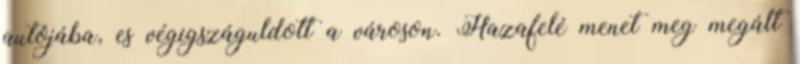
autójába, es végigszáguldott a városon. Hazafelé menet meg megált